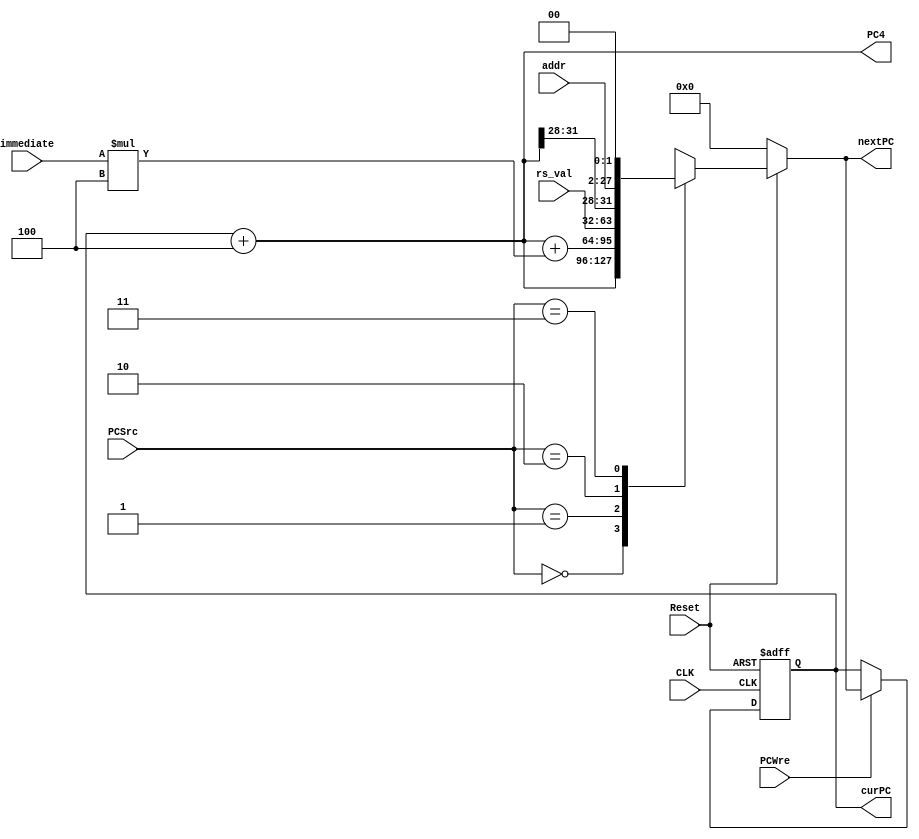
`timescale 1ns / 1ps
//////////////////////////////////////////////////////////////////////////////////
// Company: 
// Engineer: 
// 
// Design Name: 
// Module Name: PC
// Project Name: 
// Target Devices: 
// Tool Versions: 
// Description: 
// 
// Dependencies: 
// 
// Revision:
// Revision 0.01 - File Created
// Additional Comments:
// 
//////////////////////////////////////////////////////////////////////////////////


module PC(
       input CLK,               //clock
       input Reset,             
       input PCWre,             
       input [1:0] PCSrc,            
       input [31:0] immediate,  
       input [25:0] addr,
       input [31:0] rs_val,
       output reg [31:0] curPC, //current PC
       output reg [31:0] PC4,
       output reg [31:0] nextPC
    );
    initial begin
        curPC <= 0;
        nextPC <= 0; 
    end
    

    always@(Reset or curPC or PCSrc or immediate or addr or rs_val)
    begin
        PC4 = curPC + 4;
        if(!Reset) begin
            nextPC = 0;
        end
        else begin
            case(PCSrc)
                2'b00: nextPC = curPC + 4;
                2'b01: nextPC = curPC + 4 + immediate * 4;
                2'b10: nextPC = rs_val;
                2'b11: nextPC = {PC4[31:28],addr,2'b00};
            endcase
            //$display("curPC, nextPC %x %x\n", curPC, nextPC);
        end
    end
    
    always@(posedge CLK or negedge Reset)
    begin
    
        if(!Reset) // Reset == 0
            begin
                curPC <= 0;
            end
        else 
            begin
                if(PCWre) // PCWre == 1
                    begin 
                        curPC <= nextPC;
                    end
                else    // PCWre == 0, halt
                    begin
                        curPC <= curPC;
                    end
            end
    end
endmodule